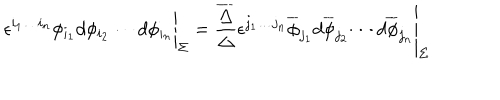
\left. \phantom { { \frac { A } { B } } } { \epsilon ^ { i _ { 1 } \ldots i _ { n } } \phi _ { i _ { 1 } } d \phi _ { i _ { 2 } } \cdots d \phi _ { i _ { n } } } \right| _ { \Sigma } = \left. { \frac { \overline { { { \Delta } } } } { \Delta } } { \epsilon ^ { j _ { 1 } \ldots j _ { n } } \overline { { { \phi } } } _ { j _ { 1 } } d \overline { { { \phi } } } _ { j _ { 2 } } \cdots d \overline { { { \phi } } } _ { j _ { n } } } \right| _ { \Sigma }